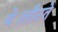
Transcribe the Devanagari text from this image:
थे।लौटते